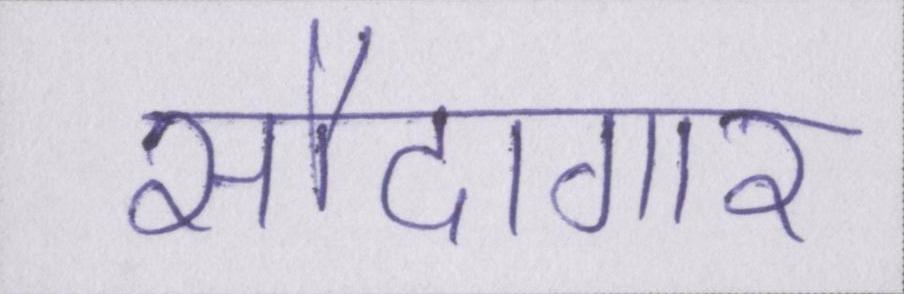
सौदागार